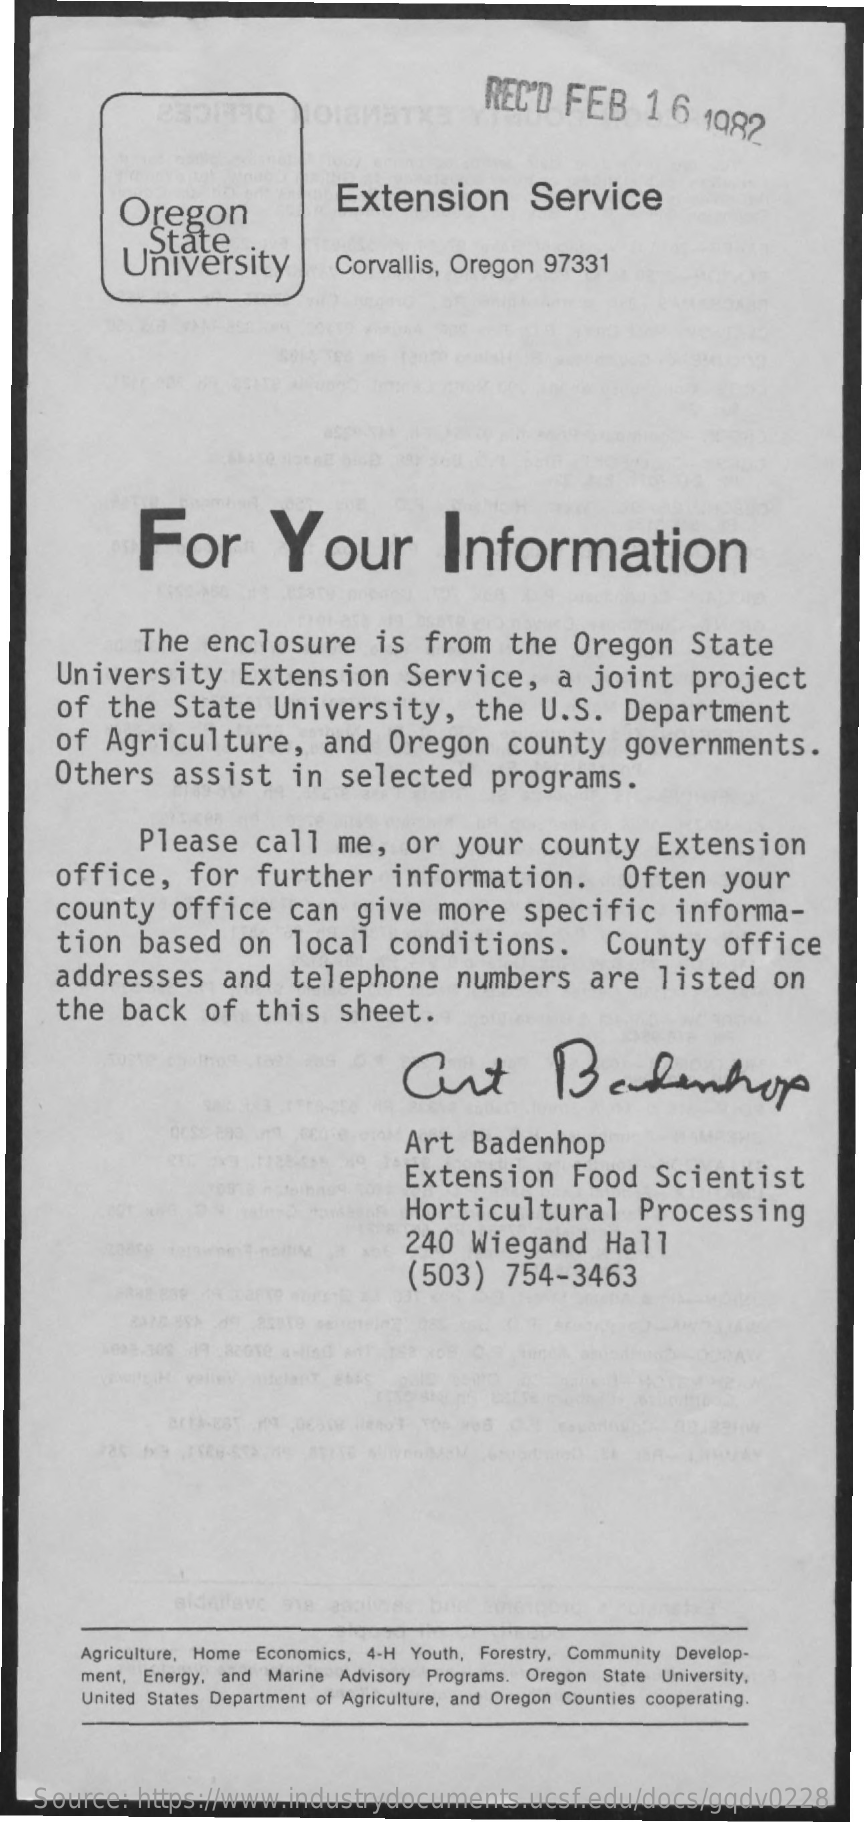
REC'D  FEB    16    1082
     Oregon    Extension    Service
     State
     University    Corvallis, Oregon   97331
     For    Your    Information
     The   enclosure    is  from    the   Oregon    State
     University    Extension    Service,    a  joint    project
     of   the   State    University,    the   U.S.    Department
     of  Agriculture,    and   Oregon    county    governments.
     Others    assist    in   selected    programs.
     Please    call   me,    or   your    county    Extension
     office,    for    further    information.    Often    your
     county    office    can   give    more    specific    informa-
     tion   based    on   local    conditions.    County    office
     addresses    and    telephone    numbers    are    listed    on
     the   back    of   this    sheet.
     Curt    Badenhop
     Art   Badenhop
     Extension    Food    Scientist
     Horticultural    Processing
     240   Wiegand    Hall
     (503)    754-3463
     Agriculture, Home Economics, 4-H Youth, Forestry, Community Develop-
     ment, Energy, and Marine Advisory Programs. Oregon State University,
     United States Department of Agriculture, and Oregon Counties cooperating.
    Source:   https://www.industrydocuments.ucsf.edu/docs/gqdv0228